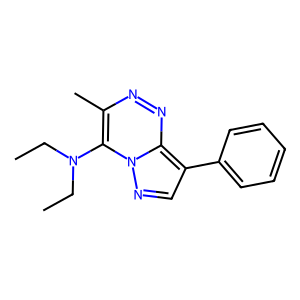
SMILES: CCN(CC)c1c(C)nnc2c(-c3ccccc3)cnn12
Inhibits HIV replication: No